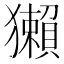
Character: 獺